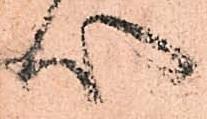
心